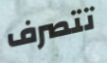
تتصرف